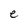
Character: e